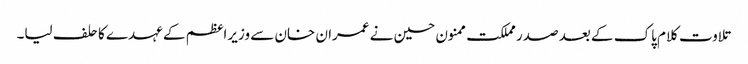
تلاوت کلام پاک کے بعد صدر مملکت ممنون حسین نے عمران خان سے وزیراعظم کے عہدے کا حلف لیا۔